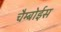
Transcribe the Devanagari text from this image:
चैम्बोईस